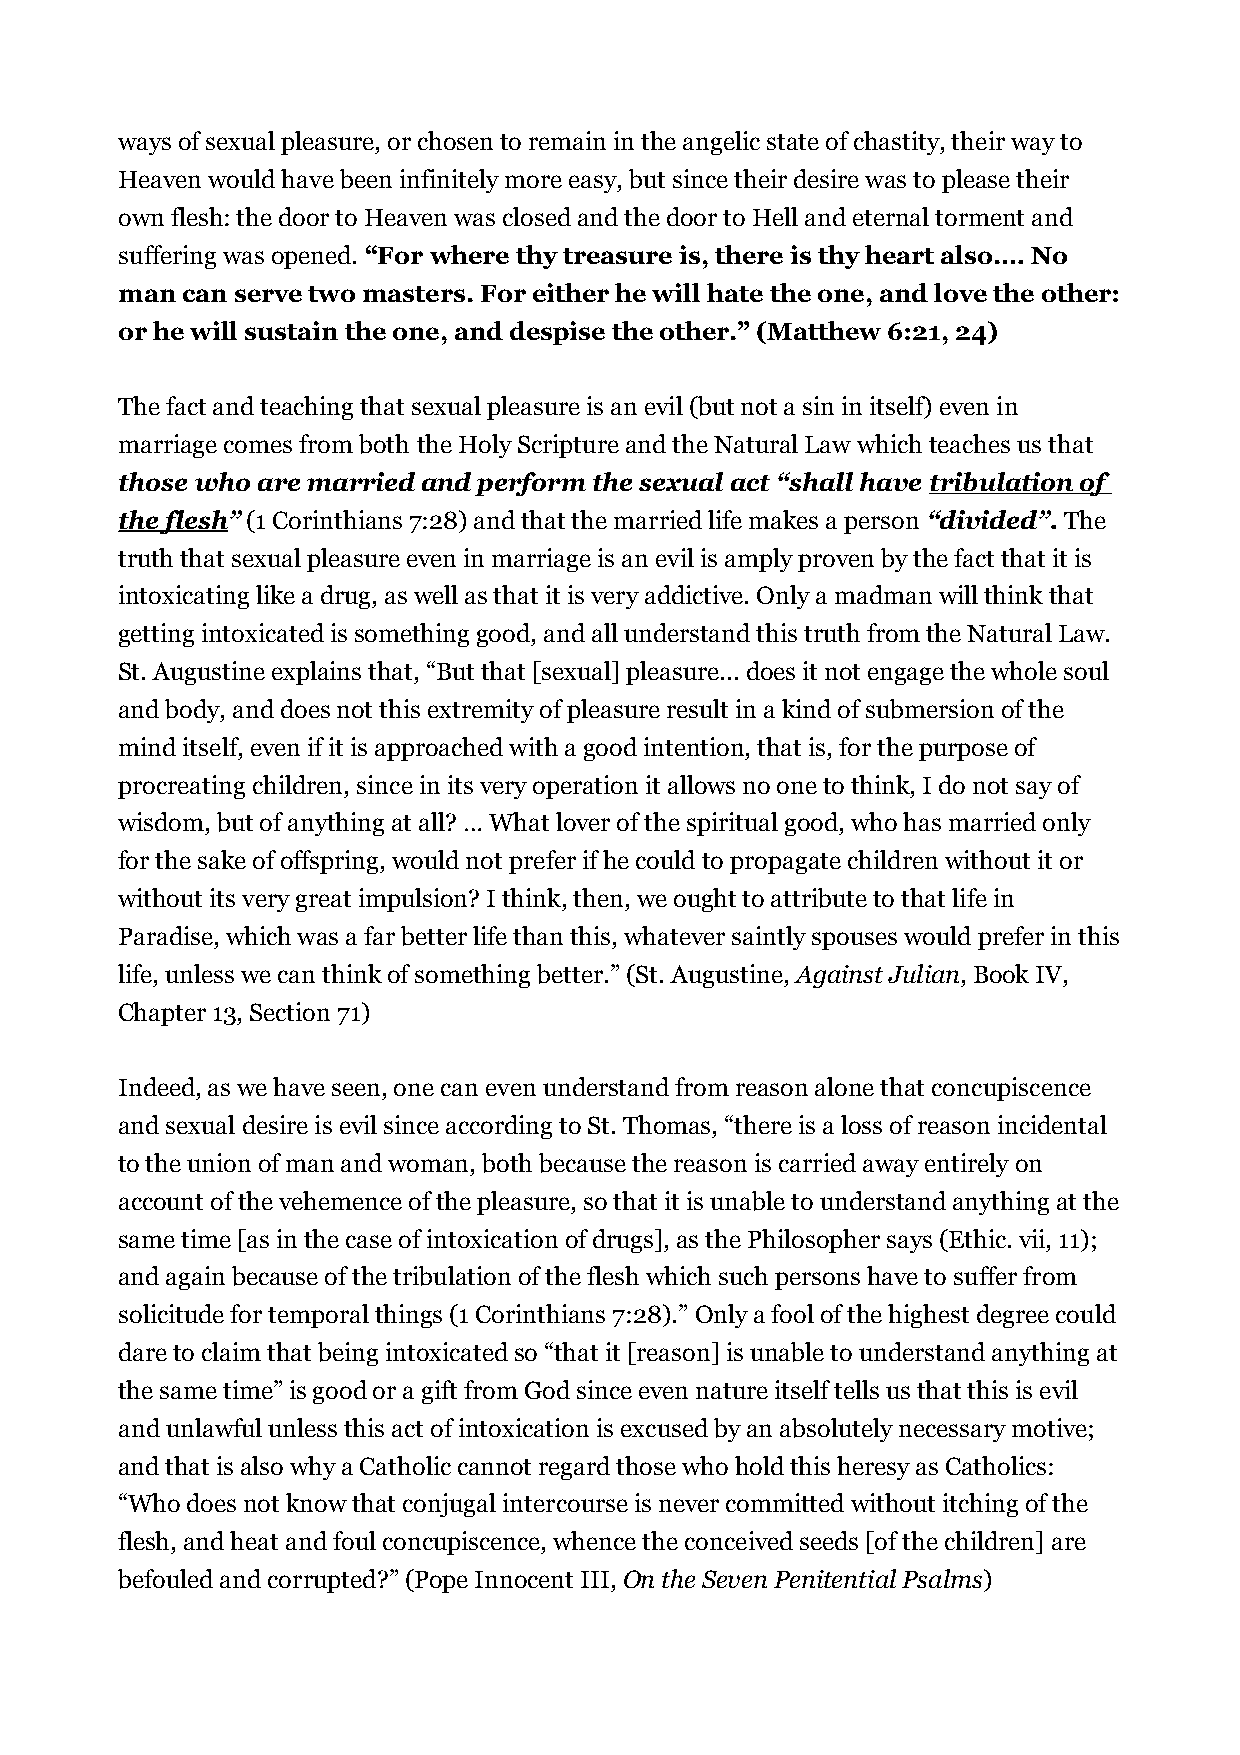
ways of sexual pleasure, or chosen to remain in the angelic state of chastity, their way to
 Heaven would have been infinitely more easy, but since their desire was to please their
 own flesh: the door to Heaven was closed and the door to Hell and eternal torment and
 suffering was opened. “For where thy treasure is, there is thy heart also.… No
 man can serve two masters. For either he will hate the one, and love the other:
 or he will sustain the one, and despise the other.” (Matthew 6:21, 24)
 The fact and teaching that sexual pleasure is an evil (but not a sin in itself) even in
 marriage comes from both the Holy Scripture and the Natural Law which teaches us that
 those who are married and perform the sexual act “shall have tribulation of
 the flesh” (1 Corinthians 7:28) and that the married life makes a person “divided”. The
 truth that sexual pleasure even in marriage is an evil is amply proven by the fact that it is
 intoxicating like a drug, as well as that it is very addictive. Only a madman will think that
 getting intoxicated is something good, and all understand this truth from the Natural Law.
 St. Augustine explains that, “But that [sexual] pleasure... does it not engage the whole soul
 and body, and does not this extremity of pleasure result in a kind of submersion of the
 mind itself, even if it is approached with a good intention, that is, for the purpose of
 procreating children, since in its very operation it allows no one to think, I do not say of
 wisdom, but of anything at all? … What lover of the spiritual good, who has married only
 for the sake of offspring, would not prefer if he could to propagate children without it or
 without its very great impulsion? I think, then, we ought to attribute to that life in
 Paradise, which was a far better life than this, whatever saintly spouses would prefer in this
 life, unless we can think of something better.” (St. Augustine, Against Julian, Book IV,
 Chapter 13, Section 71)
 Indeed, as we have seen, one can even understand from reason alone that concupiscence
 and sexual desire is evil since according to St. Thomas, “there is a loss of reason incidental
 to the union of man and woman, both because the reason is carried away entirely on
 account of the vehemence of the pleasure, so that it is unable to understand anything at the
 same time [as in the case of intoxication of drugs], as the Philosopher says (Ethic. vii, 11);
 and again because of the tribulation of the flesh which such persons have to suffer from
 solicitude for temporal things (1 Corinthians 7:28).” Only a fool of the highest degree could
 dare to claim that being intoxicated so “that it [reason] is unable to understand anything at
 the same time” is good or a gift from God since even nature itself tells us that this is evil
 and unlawful unless this act of intoxication is excused by an absolutely necessary motive;
 and that is also why a Catholic cannot regard those who hold this heresy as Catholics:
 “Who does not know that conjugal intercourse is never committed without itching of the
 flesh, and heat and foul concupiscence, whence the conceived seeds [of the children] are
 befouled and corrupted?” (Pope Innocent III, On the Seven Penitential Psalms)